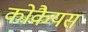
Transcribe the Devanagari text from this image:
कोकैयस